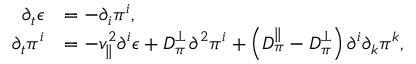
\begin{array} { r l } { \partial _ { t } \epsilon } & { = - \partial _ { i } \pi ^ { i } , } \\ { \partial _ { t } \pi ^ { i } } & { = - v _ { \| } ^ { 2 } \partial ^ { i } \epsilon + D _ { \pi } ^ { \perp } \, \partial ^ { 2 } \pi ^ { i } + \left( D _ { \pi } ^ { \| } - D _ { \pi } ^ { \perp } \right) \partial ^ { i } \partial _ { k } \pi ^ { k } , } \end{array}